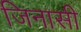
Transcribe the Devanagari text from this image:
जिनासी